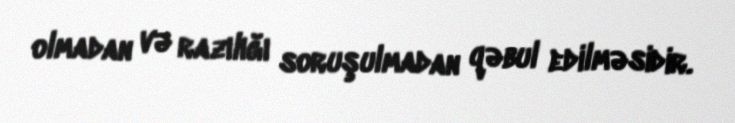
olmadan və razılığı soruşulmadan qəbul edilməsidir.